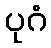
ပုဂံ